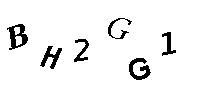
BH2GG1